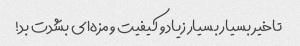
تاخیر بسیار بسیار زیاد و کیفیت و مزه‌ای بشدت بد!